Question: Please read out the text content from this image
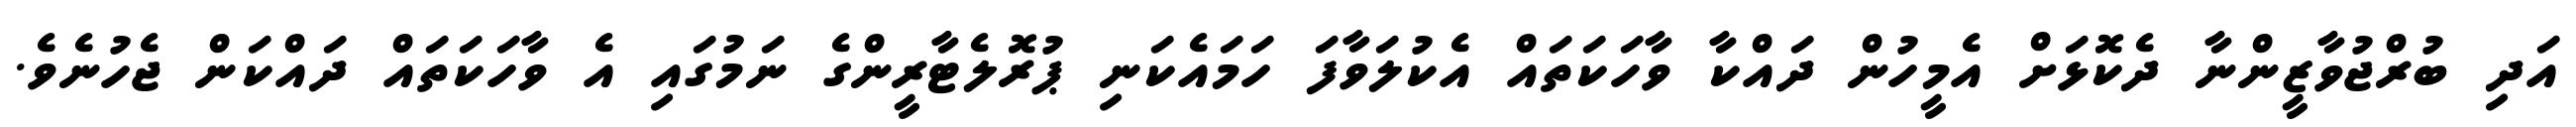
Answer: އަދި ބުރްޖުވާޒީންނާ ދެކޮޅަށް އެމީހުން ދައްކާ ވާހަކަތައް އެކުލަވާފަ ހަމައެކަނި ޕުރޮލެޓާރީންގެ ނަމުގައި އެ ވާހަކަތައް ދައްކަން ޖެހުނެވެ.